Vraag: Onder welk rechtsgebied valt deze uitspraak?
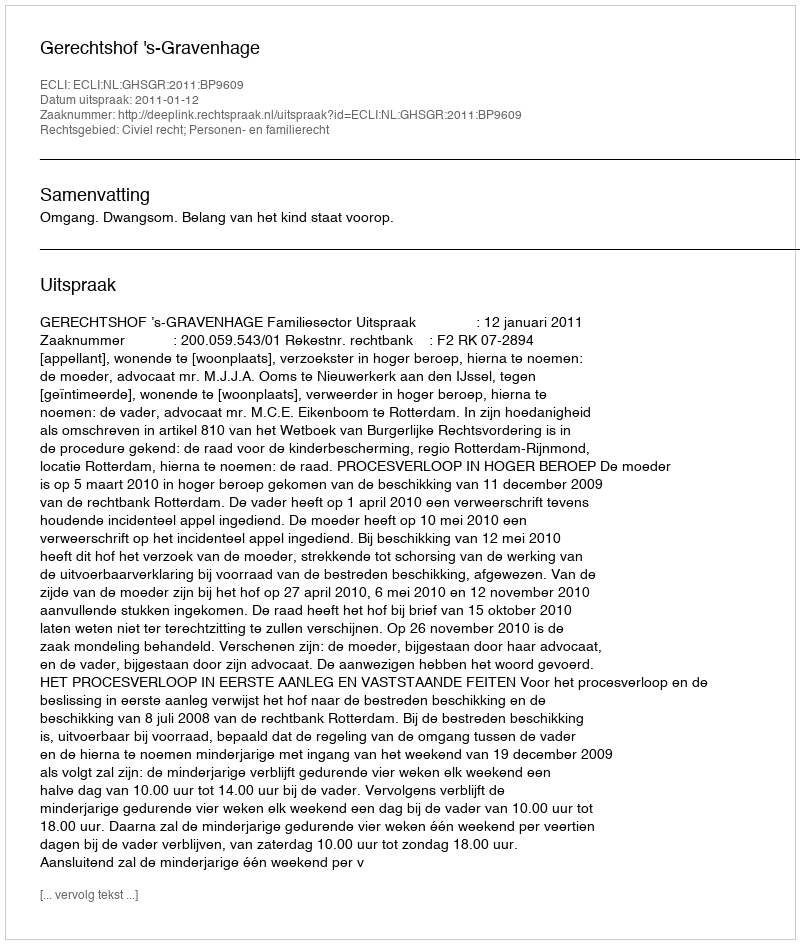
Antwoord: Civiel recht; Personen- en familierecht